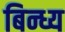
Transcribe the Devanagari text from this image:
बिन्ध्य